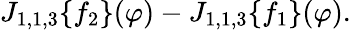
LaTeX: \begin{array}{r}{J_{1,1,3}\{ f_{2}\} (\varphi)-J_{1,1,3}\{ f_{1}\} (\varphi).}\end{array}